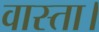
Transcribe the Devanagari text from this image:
वास्ता।